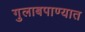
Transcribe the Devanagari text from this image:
गुलाबपाण्यात